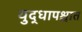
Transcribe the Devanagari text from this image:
युद्धापश्चात